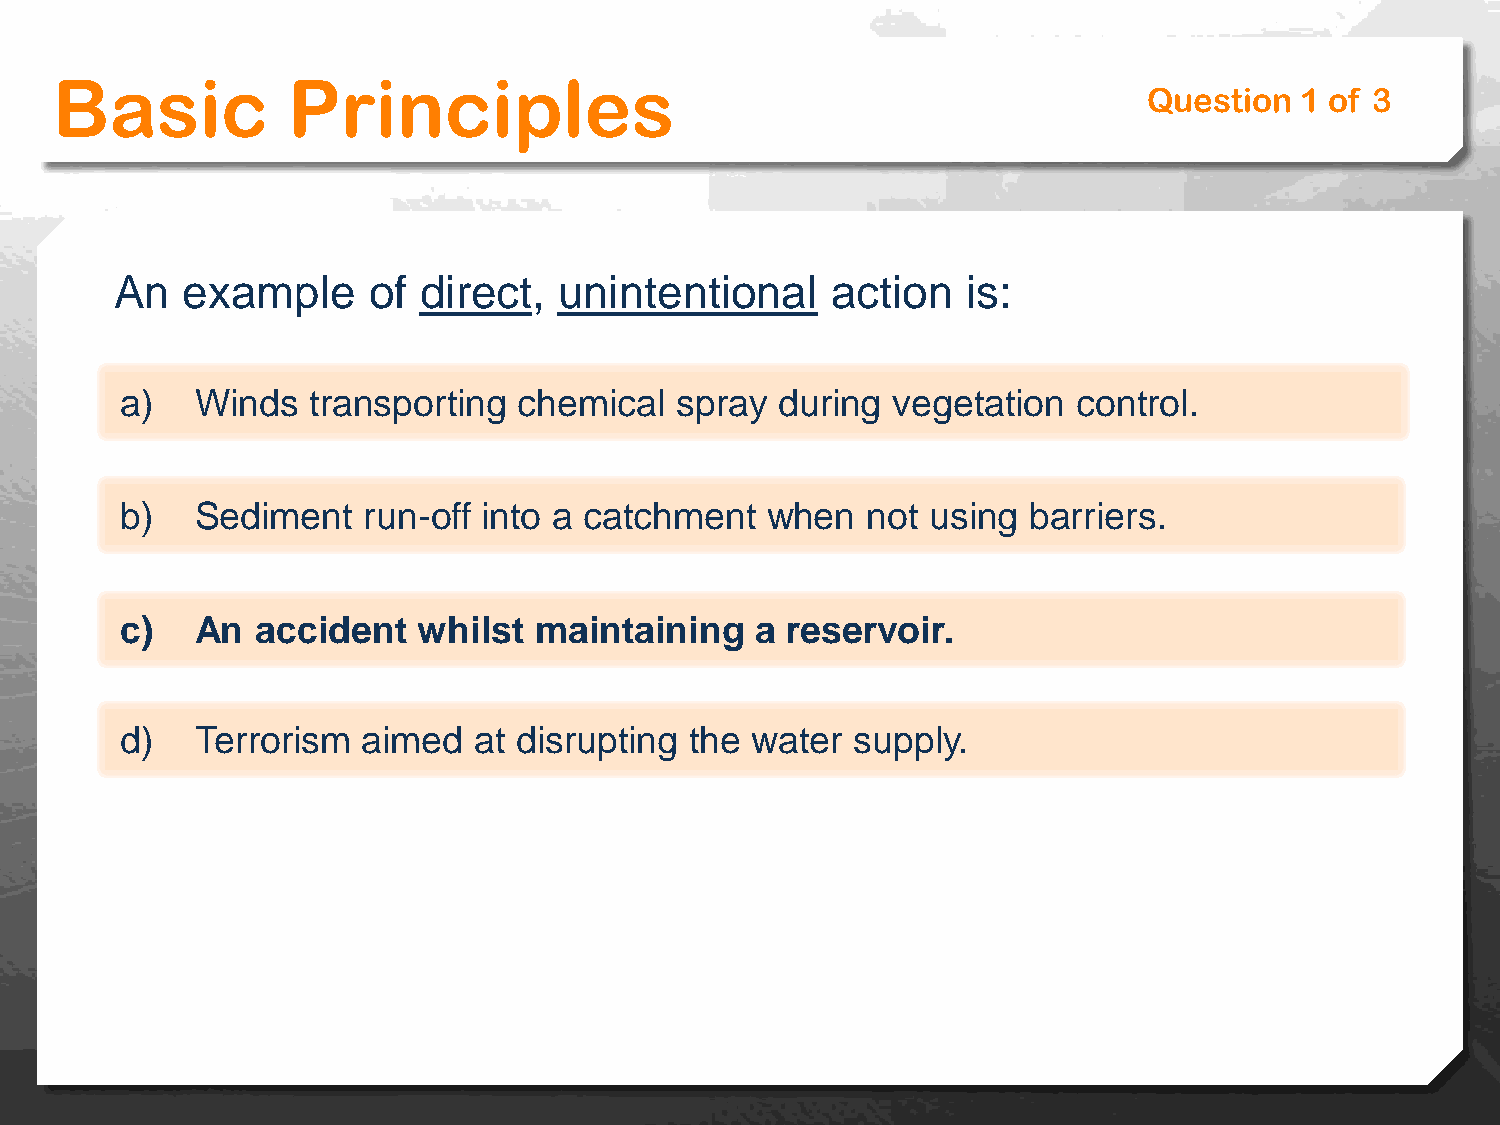
Basic           Principles
 Question  1 of 3
 An  example     of  direct,  unintentional     action   is:
 a)   Winds   transporting chemical   spray  during vegetation  control.
 b)   Sediment   run-off into a catchment   when  not  using barriers.
 c)   An  accident   whilst maintaining    a reservoir.
 d)   Terrorism  aimed  at disrupting  the water  supply.